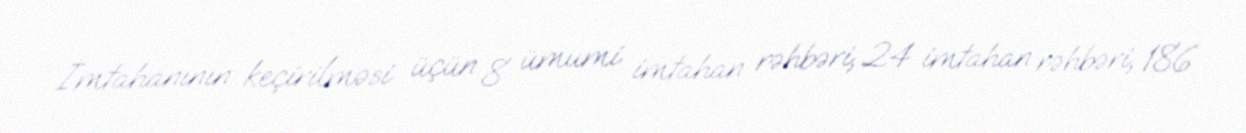
İmtahanının keçirilməsi üçün 8 ümumi imtahan rəhbəri, 24 imtahan rəhbəri, 186